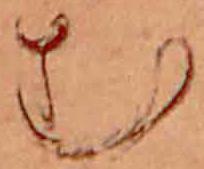
む